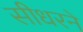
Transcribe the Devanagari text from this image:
सीधरने